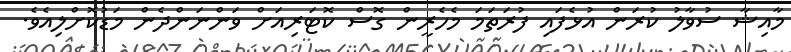
މާއިޝާ ސުވާލު ކުރަން އުޅެފައި ފުރަތަަމަ މެހެރީން ގޮސް ކޮޓަރިއަށް ވަންނަންދެން މަޑުކޮށްލިއެވެ.